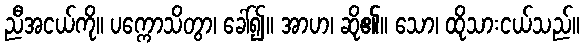
ညီအငယ်ကို။ ပက္ကောသိတွာ၊ ခေါ်၍။ အာဟ၊ ဆို၏။ သော၊ ထိုသားငယ်သည်။